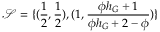
\mathcal { S } = \{ ( \frac { 1 } { 2 } , \frac { 1 } { 2 } ) , ( 1 , \frac { \phi h _ { G } + 1 } { \phi h _ { G } + 2 - \phi } ) \}